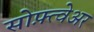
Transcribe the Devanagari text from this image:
सोफ़्त्वेअर